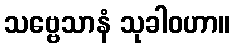
သဗ္ဗေသာနံ သုခါဝဟာ။